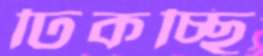
ঢিকচ্ছি